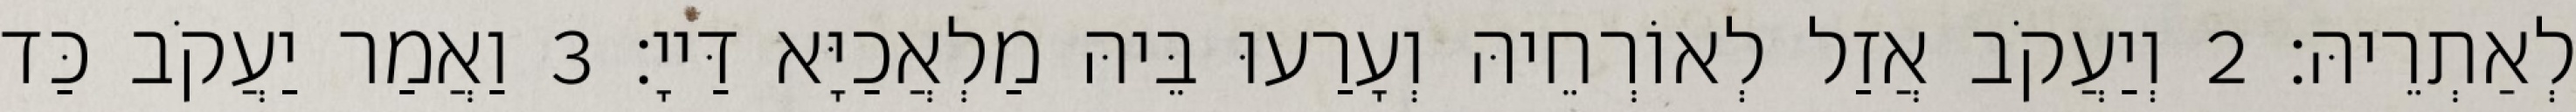
לְאַתְרֵיהּ׃ 2 וְיַעֲקֹב אֲזַל לְאוֹרְחֵיהּ וְעָרַעוּ בֵּיהּ מַלְאֲכַיָּא דַּייָ׃ 3 וַאֲמַר יַעֲקֹב כַּד